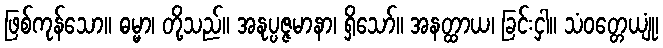
ဖြစ်ကုန်သော။ ဓမ္မာ၊ တို့သည်။ အနုပ္ပဇ္ဇမာနာ၊ ရှိသော်။ အနတ္ထာယ၊ ခြင်းငှါ။ သံဝတ္တေယျုံ၊